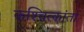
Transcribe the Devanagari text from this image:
कश्चित्कांता